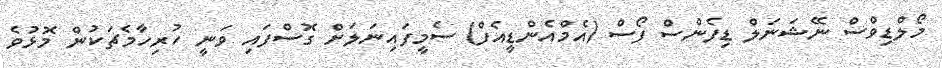
މޯލްޑިވްސް ނޭޝަނަލް ޑިފެންސް ފޯސް (އެމްއެންޑީއެފް) ސެމީފައިނަލަށް ގޮސްފައި ވަނީ ހުރިހާމެޗަކުން މޮޅުވެ